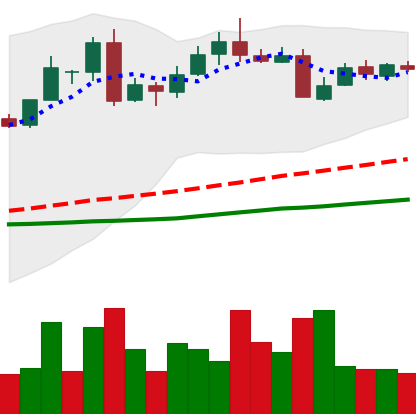
Ticker: LTC-USD
Chart end date: 2016-05-24
Forward return: 16.658%
Label: up_7plus